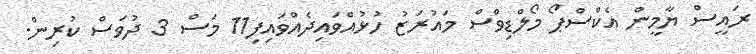
ރައީސް ޔާމީން އެކްސްޕޯ މޯލްޑިވްސް މައުރަޒު ހުޅުއްވައިދެއްވައިފި11 މަސް 3 ދުވަސް ކުރިން.